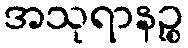
အသုရာနဉ္စ